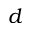
d